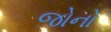
જોનો